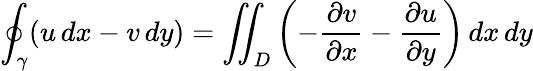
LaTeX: \oint_{\gamma}(u\, dx-v\, dy)=\iint_{D}\left(-{\frac{\partial v}{\partial x}}-{\frac{\partial u}{\partial y}}\right)\, dx\, dy